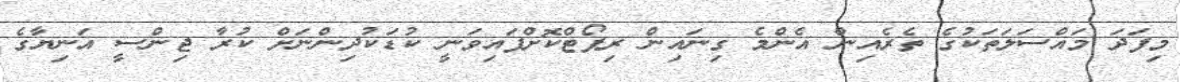
މިފަދަ މައްސަލަތަކުގެ ތެރެއިން އެންމެ ގިނައިން ރިޕޯޓްކޮށްފައިވަނީ ކުޑަކުދިންނަށް ކުރާ ޖިންސީ އަނިޔާގެ